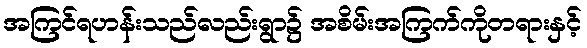
အကြင်ရဟန်းသည်လည်းရွာ၌ အစိမ်းအကြက်ကိုတရားနှင့်